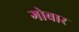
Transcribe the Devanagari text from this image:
गोबार